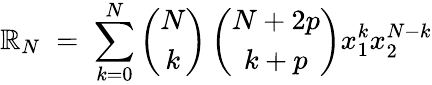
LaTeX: \mathbb{R}_{N}\; =\; \sum_{k=0}^{N}\left(\begin{array}{c}{{N}}\\ {{k}}\end{array}\right)\left(\begin{array}{c}{{N+2p}}\\ {{k+p}}\end{array}\right)x_{1}^{k}x_{2}^{N-k}